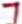
Text: 7